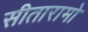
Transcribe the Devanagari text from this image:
सीतारामो